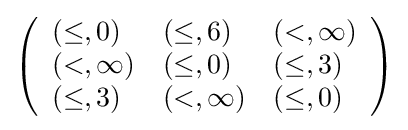
\left({\begin{array}{lll}(\leq ,0)&(\leq ,6)&(<,\infty )\\(<,\infty )&(\leq ,0)&(\leq ,3)\\(\leq ,3)&(<,\infty )&(\leq ,0)\end{array}}\right)